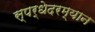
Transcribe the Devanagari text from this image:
स्पर्धेेदरम्यान